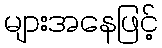
များအနေဖြင့်